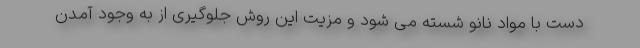
دست با مواد نانو شسته می شود و مزیت این روش جلوگیری از به وجود آمدن